Civil Veterinary Dept. Bombay admin report 1907-1913 - 1907-1913
Year: 1907
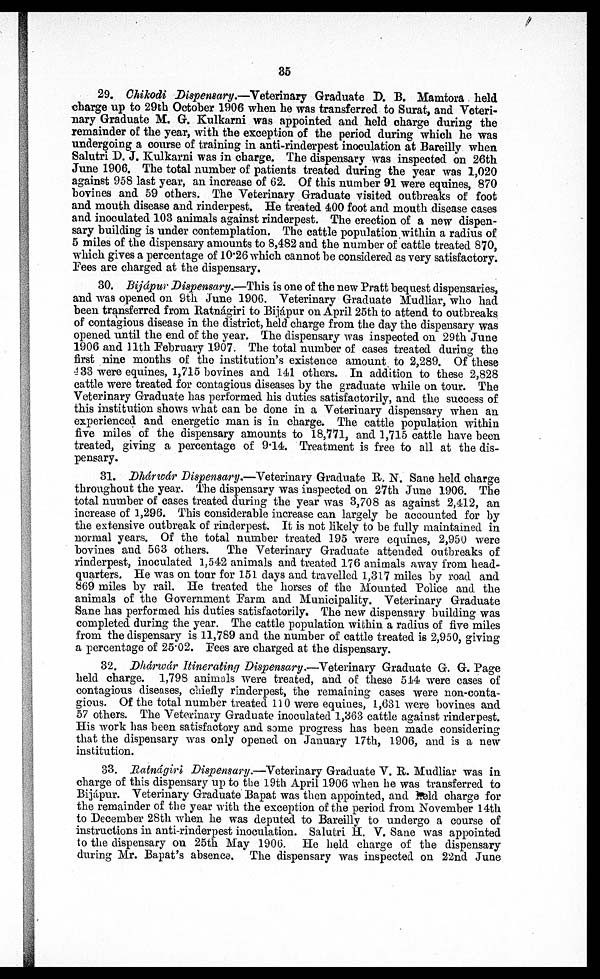
35
29. Chikodi Dispensary.—Veterinary Graduate D. B. Mamtora held
charge up to 29th October 1906 when he was transferred to Surat, and Veteri-
nary Graduate M. G. Kulkarni was appointed and held charge during the
remainder of the year, with the exception of the period during which he was
undergoing a course of training in anti-rinderpest inoculation at Bareilly when
Salutri D. J. Kulkarni was in charge. The dispensary was inspected on 26th
June 1906. The total number of patients treated during the year was 1,020
against 958 last year, an increase of 62. Of this number 91 were equines, 870
bovines and 59 others. The Veterinary Graduate visited outbreaks of foot
and mouth disease and rinderpest. He treated 400 foot and mouth disease cases
and inoculated 103 animals against rinderpest. The erection of a new dispen-
sary building is under contemplation. The cattle population within a radius of
5 miles of the dispensary amounts to 8,482 and the number of cattle treated 870,
which gives a percentage of 10.26 which cannot be considered as very satisfactory.
Fees are charged at the dispensary.
30. Bijápur Dispensary.—This is one of the new Pratt bequest dispensaries,
and was opened on 9th June 1906. Veterinary Graduate Mudliar, who had
been transferred from Ratnágiri to Bijápur on April 25th to attend to outbreaks
of contagious disease in the district, held charge from the day the dispensary was
opened until the end of the year. The dispensary was inspected on 29th June
1906 and 11th February 1907. The total number of cases treated during the
first nine months of the institution's existence amount to 2,289. Of these
433 were equines, 1,715 bovines and 141 others. In addition to these 2,828
cattle were treated for contagious diseases by the graduate while on tour. The
Veterinary Graduate has performed his duties satisfactorily, and the success of
this institution shows what can be done in a Veterinary dispensary when an
experienced and energetic man is in charge. The cattle population within
five miles of the dispensary amounts to 18,771, and 1,715 cattle have been
treated, giving a percentage of 9.14. Treatment is free to all at the dis-
pensary.
31. Dhárwár Dispensary.—Veterinary Graduate R. N. Sane held charge
throughout the year. The dispensary was inspected on 27th June 1906. The
total number of cases treated during the year was 3,708 as against 2,412, an
increase of 1,296. This considerable increase can largely be accounted for by
the extensive outbreak of rinderpest. It is not likely to be fully maintained in
normal years. Of the total number treated 195 were equines, 2,950 were
bovines and 563 others. The Veterinary Graduate attended outbreaks of
rinderpest, inoculated 1,542 animals and treated 176 animals away from head-
quarters. He was on tour for 151 clays and travelled 1,317 miles by road and
869 miles by rail. He treated the horses of the Mounted Police and the
animals of the Government Farm and Municipality. Veterinary Graduate
Sane has performed his duties satisfactorily. The new dispensary building was
completed during the year. The cattle population within a radius of five miles
from the dispensary is 11,789 and the number of cattle treated is 2,950, giving
a percentage of 25.02. Pees are charged at the dispensary.
32. Dhárwár Itinerating Dispensary.—Veterinary Graduate G. G. Page
held charge. 1,798 animals were treated, and of: these 514 were cases of
contagious diseases, chiefly rinderpest, the remaining cases were non-conta-
gious. Of the total number treated 110 were equines, 1,631 were bovines and
57 others. The Veterinary Graduate inoculated 1,363 cattle against rinderpest.
His work has been satisfactory and some progress has been made considering
that the dispensary was only opened on January 17th, 1906, and is a new
institution.
33. Ratnágiri Dispensary.—Veterinary Graduate V. R. Mudliar was in
charge of this dispensary up to the 19th April 1906 when he was transferred to
Bijápur. Veterinary Graduate Bapat was then appointed, and held charge for
the remainder of the year with the exception of the period from November 14th
to December 28th when he was deputed to Bareilly to undergo a course of
instructions in anti-rinderpest inoculation. Salutri H. V. Sane was appointed
to the dispensary on 25th May 1906. He held charge of the dispensary
during Mr. Bapat's absence. The dispensary was inspected on 22nd June